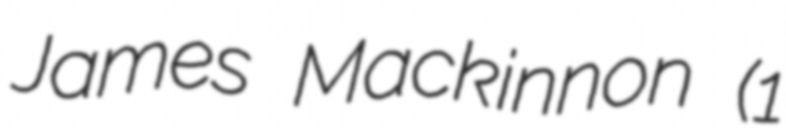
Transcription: James Mackinnon (1